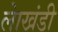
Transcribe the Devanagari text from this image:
लाेखंडी